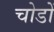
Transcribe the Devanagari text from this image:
चोडों